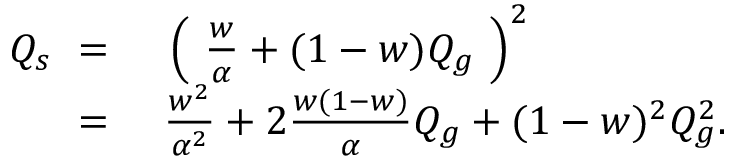
\begin{array} { r l } { Q _ { s } \ = \ } & { { } \left( \ \frac { w } { \alpha } + ( 1 - w ) Q _ { g } \ \right) ^ { 2 } } \\ { \ = \ } & { { } \frac { w ^ { 2 } } { \alpha ^ { 2 } } + 2 \frac { w ( 1 - w ) } { \alpha } Q _ { g } + ( 1 - w ) ^ { 2 } Q _ { g } ^ { 2 } . } \end{array}